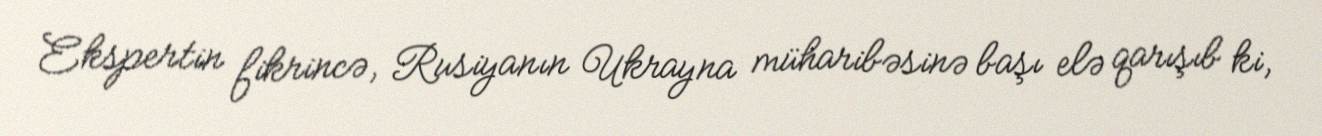
Ekspertin fikrincə, Rusiyanın Ukrayna müharibəsinə başı elə qarışıb ki,